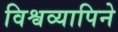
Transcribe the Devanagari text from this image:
विश्वव्यापिने